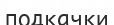
подкачки